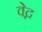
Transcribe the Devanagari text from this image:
वेद्न